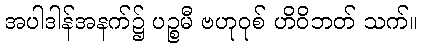
အပါဒါန်အနက်၌ ပဉ္စမီ ဗဟုဝုစ် ဟိဝိဘတ် သက်။